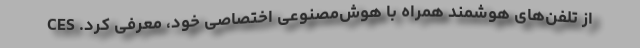
از تلفن‌های هوشمند همراه با هوش‌مصنوعی اختصاصی خود، معرفی کرد. CES